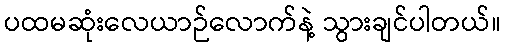
ပထမဆုံးလေယာဉ်လောက်နဲ့ သွားချင်ပါတယ်။